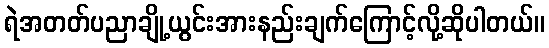
ရဲအတတ်ပညာချို့ယွင်းအားနည်းချက်ကြောင့်လို့ဆိုပါတယ်။